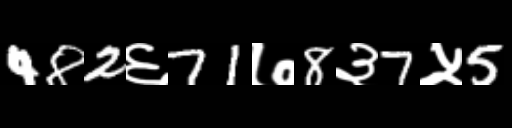
Text: 482६71७8३7५5